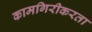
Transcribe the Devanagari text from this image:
कामगिरीकरता